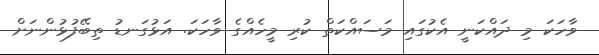
ވާހަކަ މި ދައްކަނީ އެކުގައި މަސައްކަތް ކުރި މީހެއްގެ ވާހަކަ. އަޅުގަނޑު ތިބޭފުޅުންނަށް